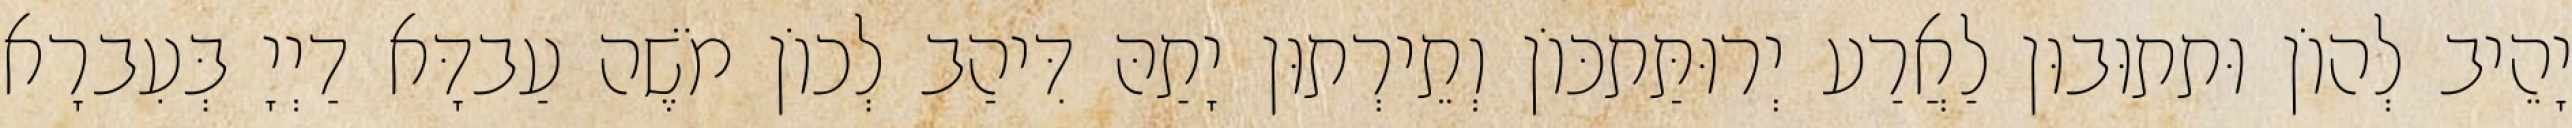
יָהֵיב לְהוֹן וּתתוּבוּן לַאֲרַע יְרוּתַּתכּוֹן וְתֵירְתוּן יָתַהּ דִּיהַב לְכוֹן מֹשֶׁה עַבדָּא דַיְיָ בְּעִברָא